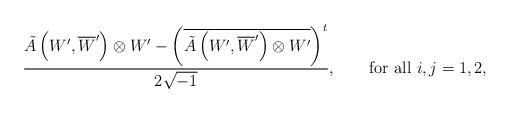
LaTeX: \begin{align*}\frac{\tilde{A}\left(W',\overline{W}'\right)\otimes W'-\left(\overline{\tilde{A}\left(W',\overline{W}'\right)\otimes W'}\right)^{t}}{2\sqrt{-1}}, \quad\quad\mbox{for all $i,j=1,2$,} \end{align*}